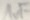
Text: 1uF